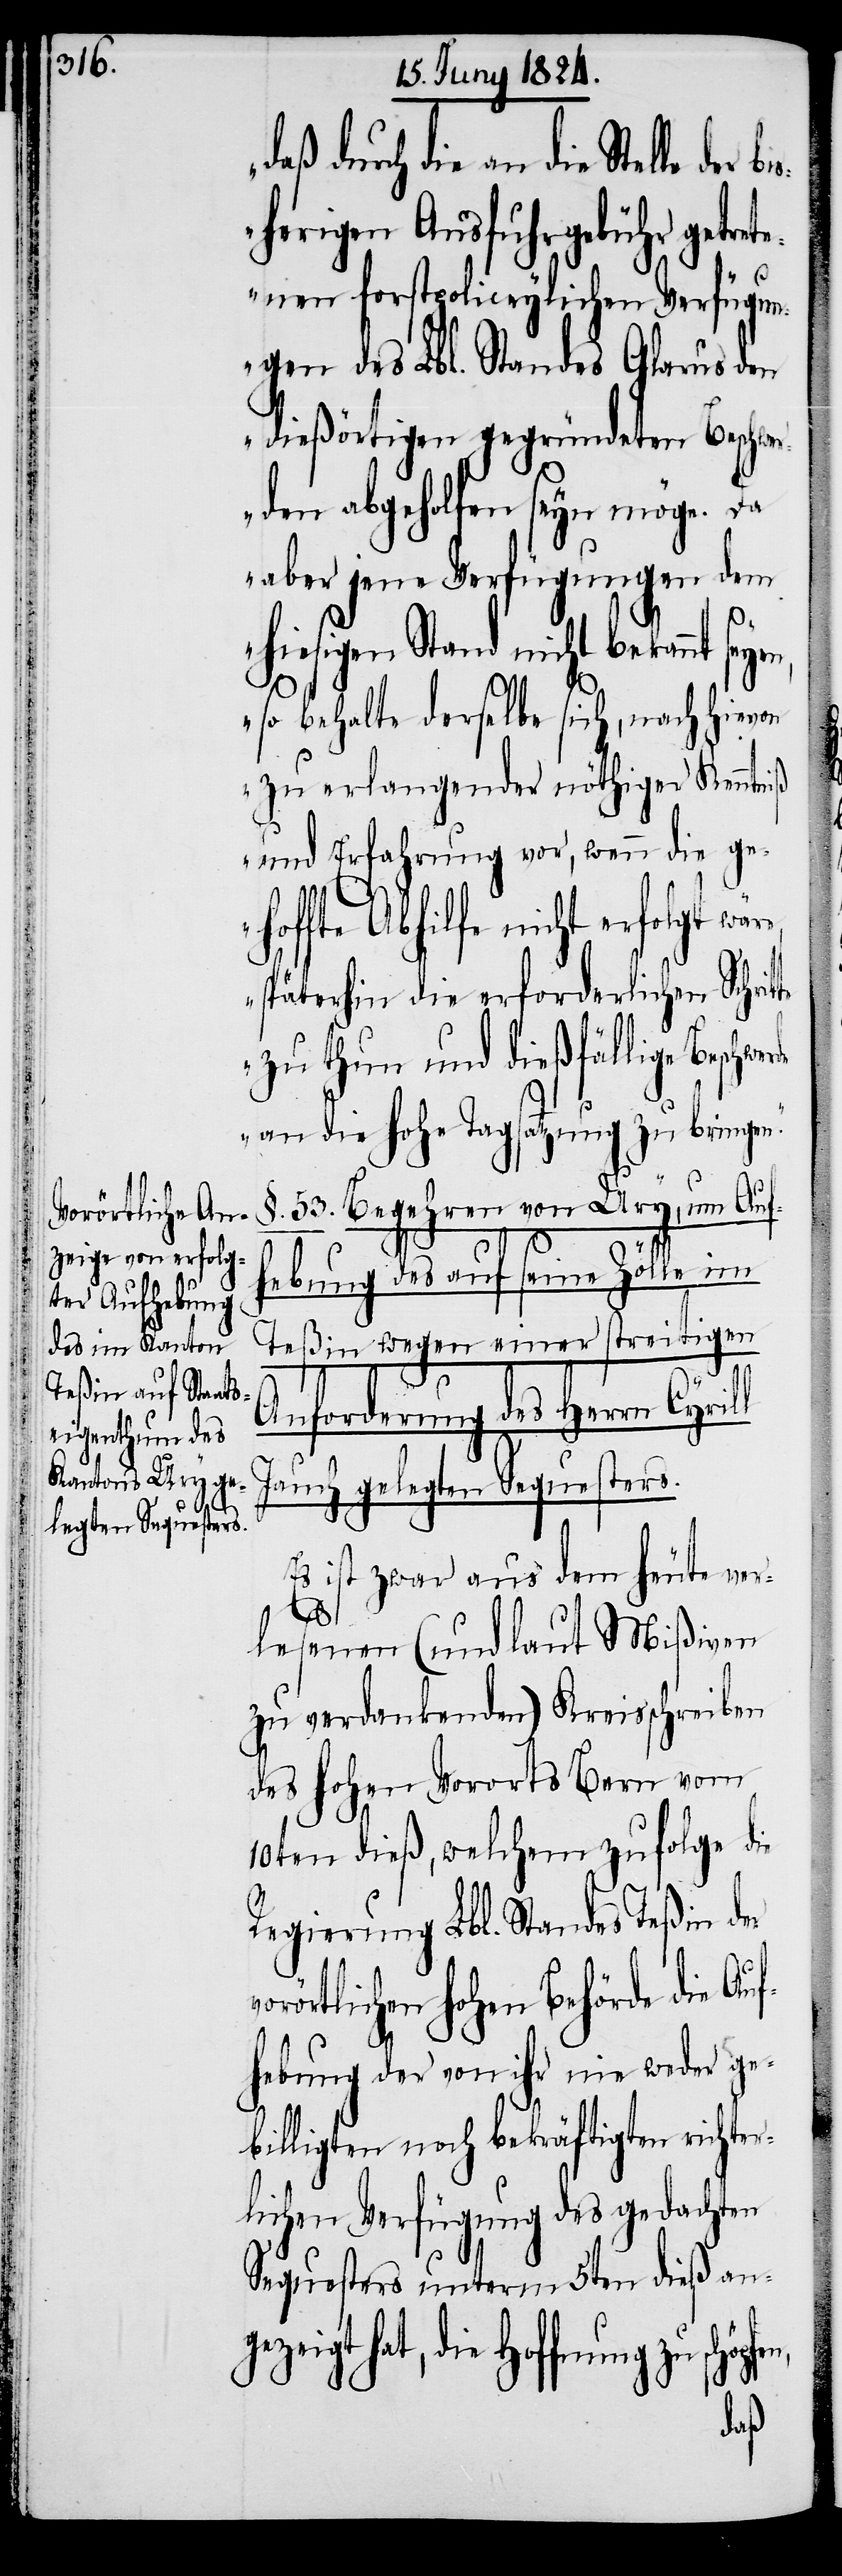
daß durch die an die Stelle
herigen Ausfuhrgebühr getre¬
rde
tenen forstpoliceylichen Verfügun¬
gen des Lbl. Standes Glarus den
dießörtigen gegründeten Beschwe¬
rden abgeholfen seyn möge. Da
aber jene Verfügungen dem
hiesigen Stand nicht bekannt sey¬
so behalte derselbe sich, nach hievon
zu erlangender nöthiger Kenntniß
und Erfahrung vor, wenn die geh¬
offte Abhilfe nicht erfolgt
späterhin die erforderlichen Schrit¬
zu thun und dießfällige Beschwe¬
an die hohe Tagsatzung zu bringen.“
§. 53 Begehren von Ury, um Auf¬
hebung des auf seine Zölle im
Teßin wegen einer streitigen
Anforderung des Herrn Cyrill
Jauch gelegten Sequesters.
Es ist zwar aus dem heute ver¬
en,
lesenen (und laut Mißiven
zu verdankenden) Kreisschreiben
des hohen Vororts Bern vom
10ten dieß, welchem zufolge die
Regierung Lbl. Standes Teßin der
vorörtlichen hohen Behörde die Auf¬
der
hebung der von ihr nie weder ge¬
billigten noch bekräftigten richter¬
lichen Verfügung des gedachten
Sequesters unterm 5ten dieß ang¬
ezeigt hat, die Hoffnung zu